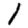
Digit: 1